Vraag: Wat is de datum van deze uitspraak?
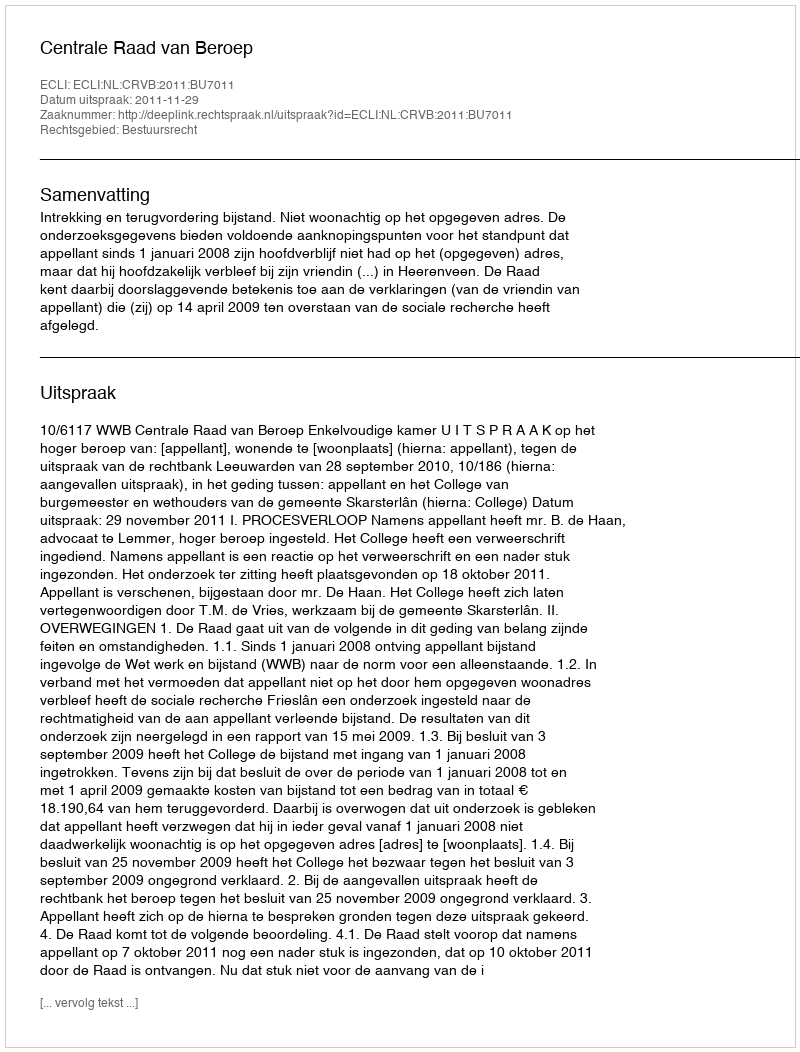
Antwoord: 2011-11-29